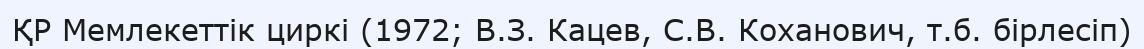
ҚР Мемлекеттік циркі (1972; В.З. Кацев, С.В. Коханович, т.б. бірлесіп)